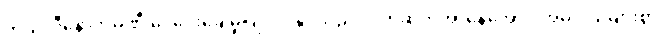
တယ်လီနောကုမ္ပဏီ ငွေပေးချေမှုပြုလုပ်နိုင်သည့် လက်ဆုတ်အာနေအောင် အဓိပ္ပါယ်များစွာ